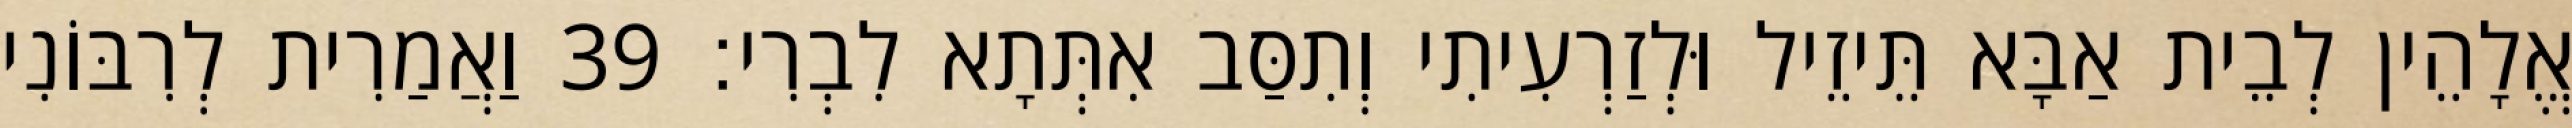
אֱלָהֵין לְבֵית אַבָּא תֵּיזֵיל וּלְזַרְעִיתִי וְתִסַּב אִתְּתָא לִבְרִי׃ 39 וַאֲמַרִית לְרִבּוֹנִי